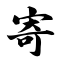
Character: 寄